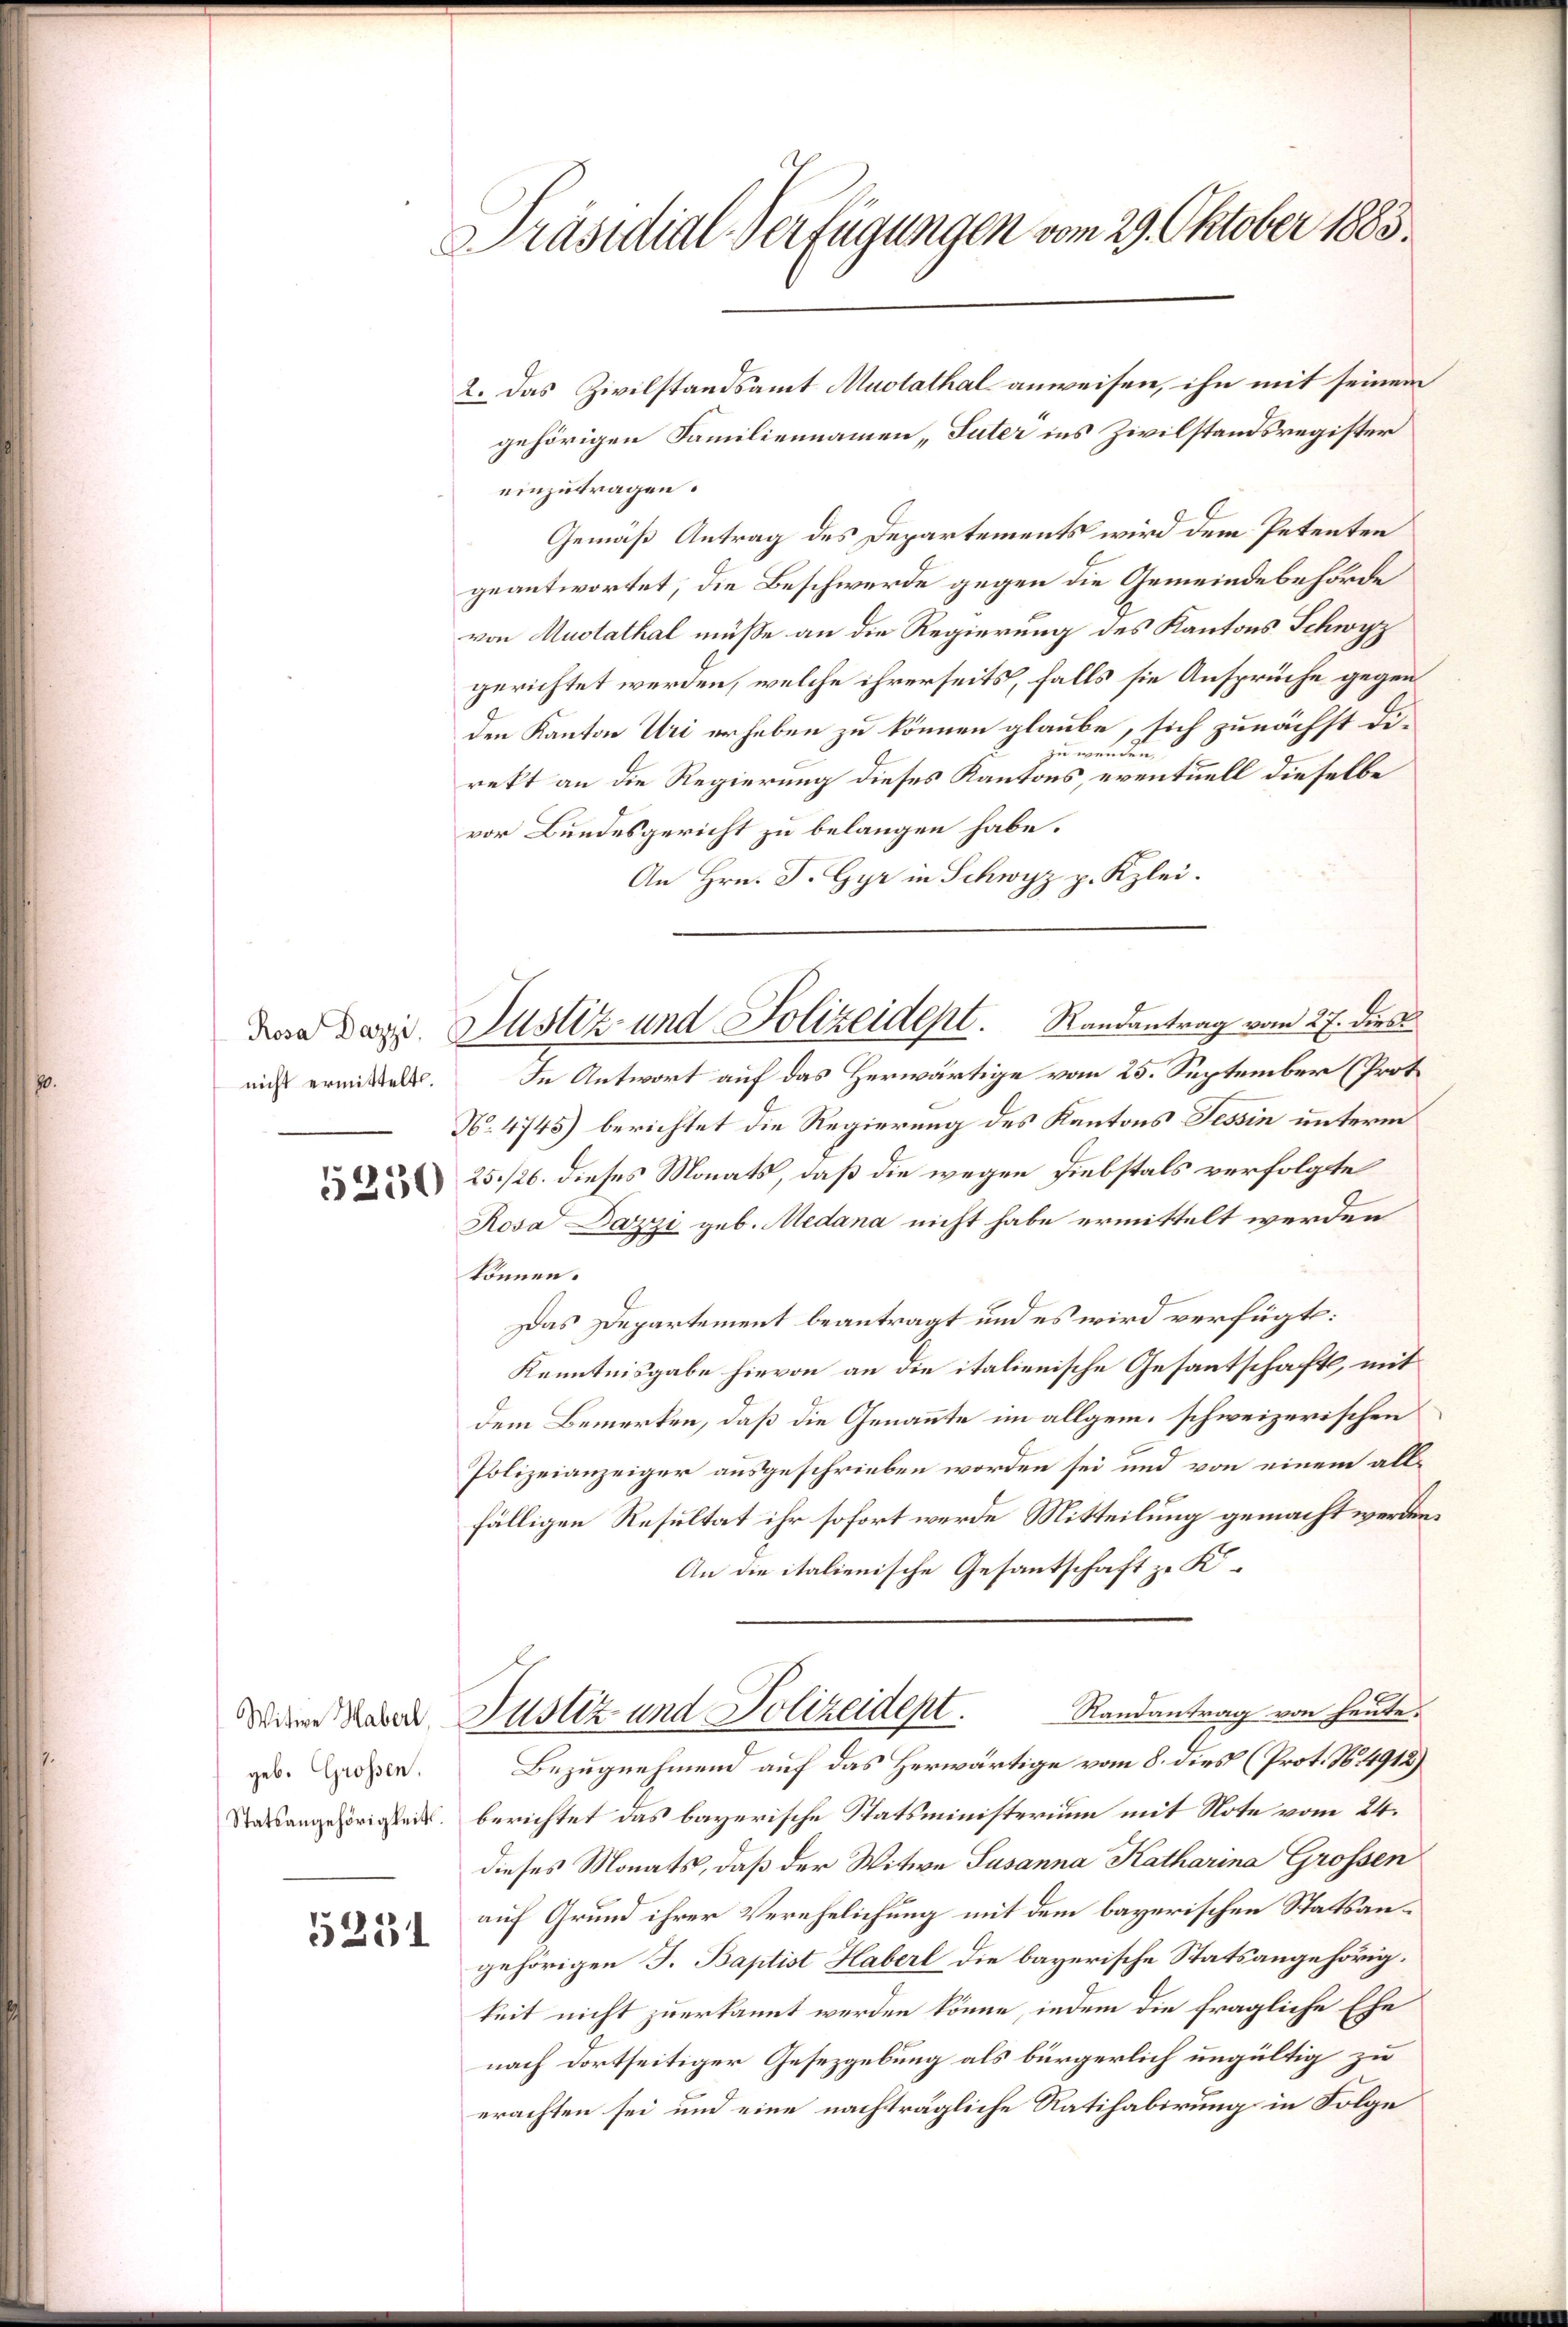
nicht ermittelt.

5230

Witwe Haberl,
geb. Grossen.

5251

Präsidial-Verfügungen vom 29. Oktober 1883.

2. Das Zivilstandsamt Muolathal anweisen, ihn mit seinem
gehörigen Familiennamen „Suter ins Zivilstandsregister
einzutragen.
Gemäß Antrag des Departements wird dem Petenten
geantwortet, die Beschwerde gegen die Gemeindebehörde
von Austathal müße an die Regierung des Kantons Schwyz
gerichtet werden, welche ihrerseits, falls sie Ansprüche gegen
den Kanton Uri erheben zu können glaube, sich zunächst Dizu wenden.
rekt an die Regierung dieses Kantons, eventuell dieselbe
vor Bundesgericht zu belangen habe.
An Hrn. F. Gyr in Schwyz p. Kzlei.
In Antwort auf das Herwärtige vom 25. September (Prot
N. 4743) berichtet die Regierung des Kantons Tessin unterm
25./26. dieses Monats, daß die wegen Diebstals verfolgte
Rosa Dazzi geb. Medana nicht habe ermittelt werden
können.
Das Departement beantragt und es wird verfügt:
Kenntnisgabe hievon an die italienische Gesantschaft, mit
dem Bemerken, daß die Genannte im allgem. schweizerischen
Polizeianzeiger ausgeschrieben worden sei und von einem allfälligen Resultat ihr sofort werde Mitteilung gemacht werden.
An die italienische Gesantschaft zu K
Randantrag von heute.
Justiz und Polizeidept.
Bezugnehmend auf das Herwärtige vom 8. dies (Prot. N. 4912)
Ratsangehörigkeit berichtet das bayerische Statsministerium mit Note vom 24.
dieses Monats, daß der Witwe Susanna Katharina Grossen
auf Grund ihrer Verehelichung mit dem bayerischen Statsangehörigen J. Baptist Haberl die bayerische Statsangehörigkeit nicht zuerkannt werden könne, indem die fragliche Ehe
nach dortseitiger Gesezgebung als bürgerlich ungültig zu
erachten sei und eine nachträgliche Ratihabirung in Folge

da Dez. Justiz und Polizeident. Randantrag vom 27. dies